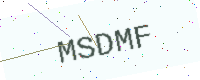
Text: MSDMF